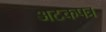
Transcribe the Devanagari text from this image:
अटकपत्र